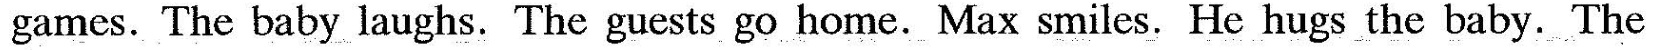
games. The baby laughs. The guests go home. Max smiles. He hugs the baby. The